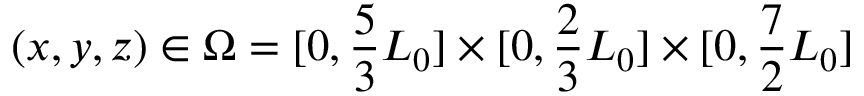
( x , y , z ) \in \Omega = [ 0 , \frac 5 3 L _ { 0 } ] \times [ 0 , \frac 2 3 L _ { 0 } ] \times [ 0 , \frac 7 2 L _ { 0 } ]